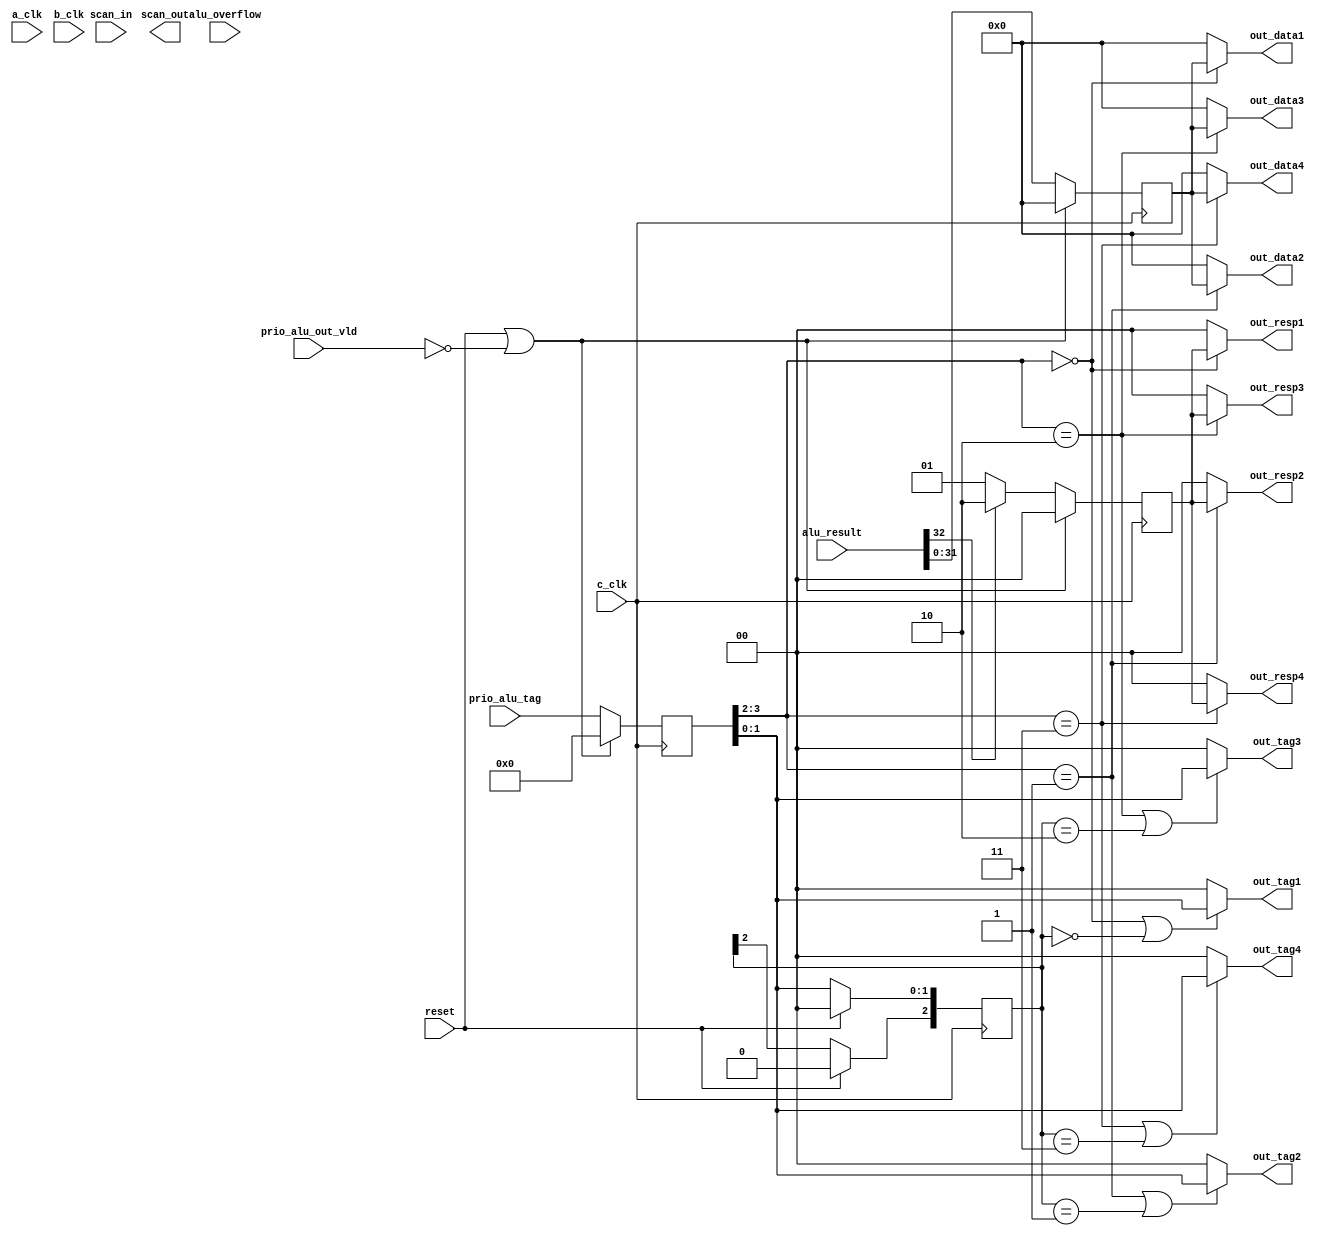
module alu_output_stage(out_data1, out_resp1, out_tag1, out_data2, out_resp2, out_tag2, out_data3, out_resp3, out_tag3, out_data4, out_tag4, out_resp4, scan_out, alu_overflow, alu_result, prio_alu_out_vld, prio_alu_tag, reset, scan_in, a_clk, b_clk, c_clk);
    
   output [0:31] out_data1, out_data2, out_data3, out_data4;
   output [0:1]  out_resp1, out_resp2, out_resp3, out_resp4, out_tag1, out_tag2, out_tag3, out_tag4;
   output 	 scan_out;

   input [0:63]  alu_result;
   input 	 a_clk, alu_overflow, b_clk, c_clk, prio_alu_out_vld, scan_in, reset;
   input [0:3] 	 prio_alu_tag;
   
   
   reg [0:31] 	 hold_data;
   reg [0:1] 	 hold_resp;
   reg [0:2] 	 hold_extension;
   reg [0:3] 	 hold_tag;

   always
     @ (negedge c_clk) begin

	hold_tag[0:3] <= (reset || ~prio_alu_out_vld) ? 4'b0 :
			 prio_alu_tag[0:3];
	
	hold_resp[0:1] <=
			(reset || ~prio_alu_out_vld) ? 2'b0 :
			(alu_result[31]) ? 2'b10 :
			2'b01;

	hold_data[0:31] <= (reset || ~prio_alu_out_vld) ? 32'b0 :
			   alu_result[32:63];

	hold_extension[0] <= (reset) ? 1'b0 : hold_extension[0];
	hold_extension[1:2] <= (reset) ? 2'b0 : hold_tag[2:3];

     end // always @ (negedge c_clk)
   
   assign out_resp1[0:1] = (hold_tag[0:1] == 2'b00) ? hold_resp[0:1] : 2'b00;
   
   assign   out_resp2[0:1] = (hold_tag[0:1] == 2'b01) ? hold_resp[0:1] : 2'b00;
   
   assign   out_resp3[0:1] = (hold_tag[0:1] == 2'b10) ? hold_resp[0:1] : 2'b00;
   
   assign   out_resp4[0:1] = (hold_tag[0:1] == 2'b11) ? hold_resp[0:1] : 2'b00;
   
   assign   out_data1[0:31] = (hold_tag[0:1] == 2'b00) ? hold_data[0:31] : 32'b0;
   
   assign   out_data2[0:31] = (hold_tag[0:1] == 2'b01) ? hold_data[0:31] : 32'b0;
   
   assign   out_data3[0:31] = (hold_tag[0:1] == 2'b10) ? hold_data[0:31] : 32'b0;
   
   assign   out_data4[0:31] = (hold_tag[0:1] == 2'b11) ? hold_data[0:31] : 32'b0;

   assign out_tag1[0:1] = 
	  ((hold_tag[0:1] == 2'b00) || (hold_extension[0:2] == 3'b000)) ? hold_tag[2:3] : 2'b00;

   assign out_tag2[0:1] =
	  ((hold_tag[0:1] == 2'b01) || (hold_extension[0:2] == 3'b001)) ? hold_tag[2:3] : 2'b00;

   assign out_tag3[0:1] = 
	  ((hold_tag[0:1] == 2'b10) || (hold_extension[0:2] == 3'b010)) ? hold_tag[2:3] : 2'b00;

   assign out_tag4[0:1] =
	  ((hold_tag[0:1] == 2'b11) || (hold_extension[0:2] == 3'b011)) ? hold_tag[2:3] : 2'b00;
      
endmodule